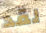
لقد